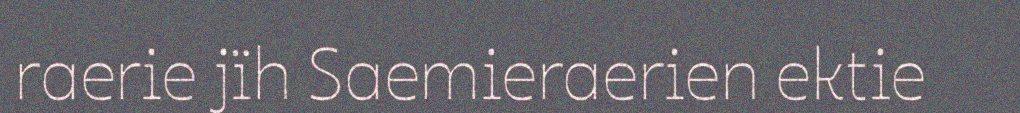
raerie jïh Saemieraerien ektie